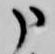
申